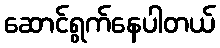
ဆောင်ရွက်နေပါတယ်